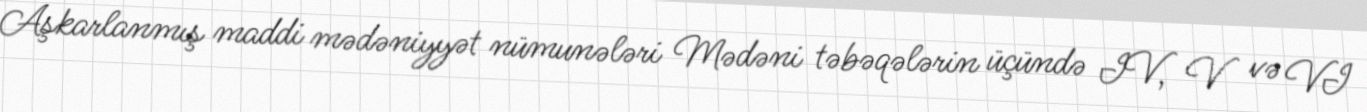
Aşkarlanmış maddi mədəniyyət nümunələri Mədəni təbəqələrin üçündə IV, V və VI